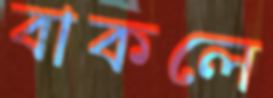
বাকলে